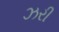
ઝરી